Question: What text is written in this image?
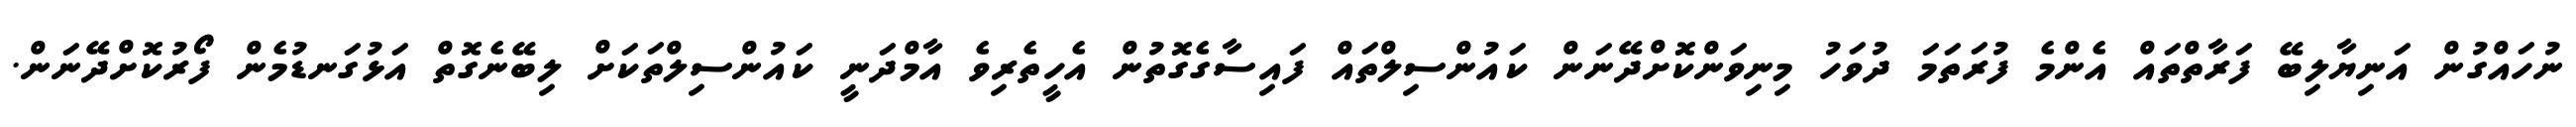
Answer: ނުހައްގުން އަނިޔާލިބޭ ފަރާތްތައް އެންމެ ފުރަތަމަ ދުވަހު މިނިވަންކޮށްދޭނަން ކައުންސިލްތައް ފައިސާގެގޮތުން އެހީތެރިވެ އާމްދަނީ ކައުންސިލްތަކަށް ލިބޭނެގޮތް އަޅުގަނޑުމެން ފޯރުކޮށްދޭނަން.